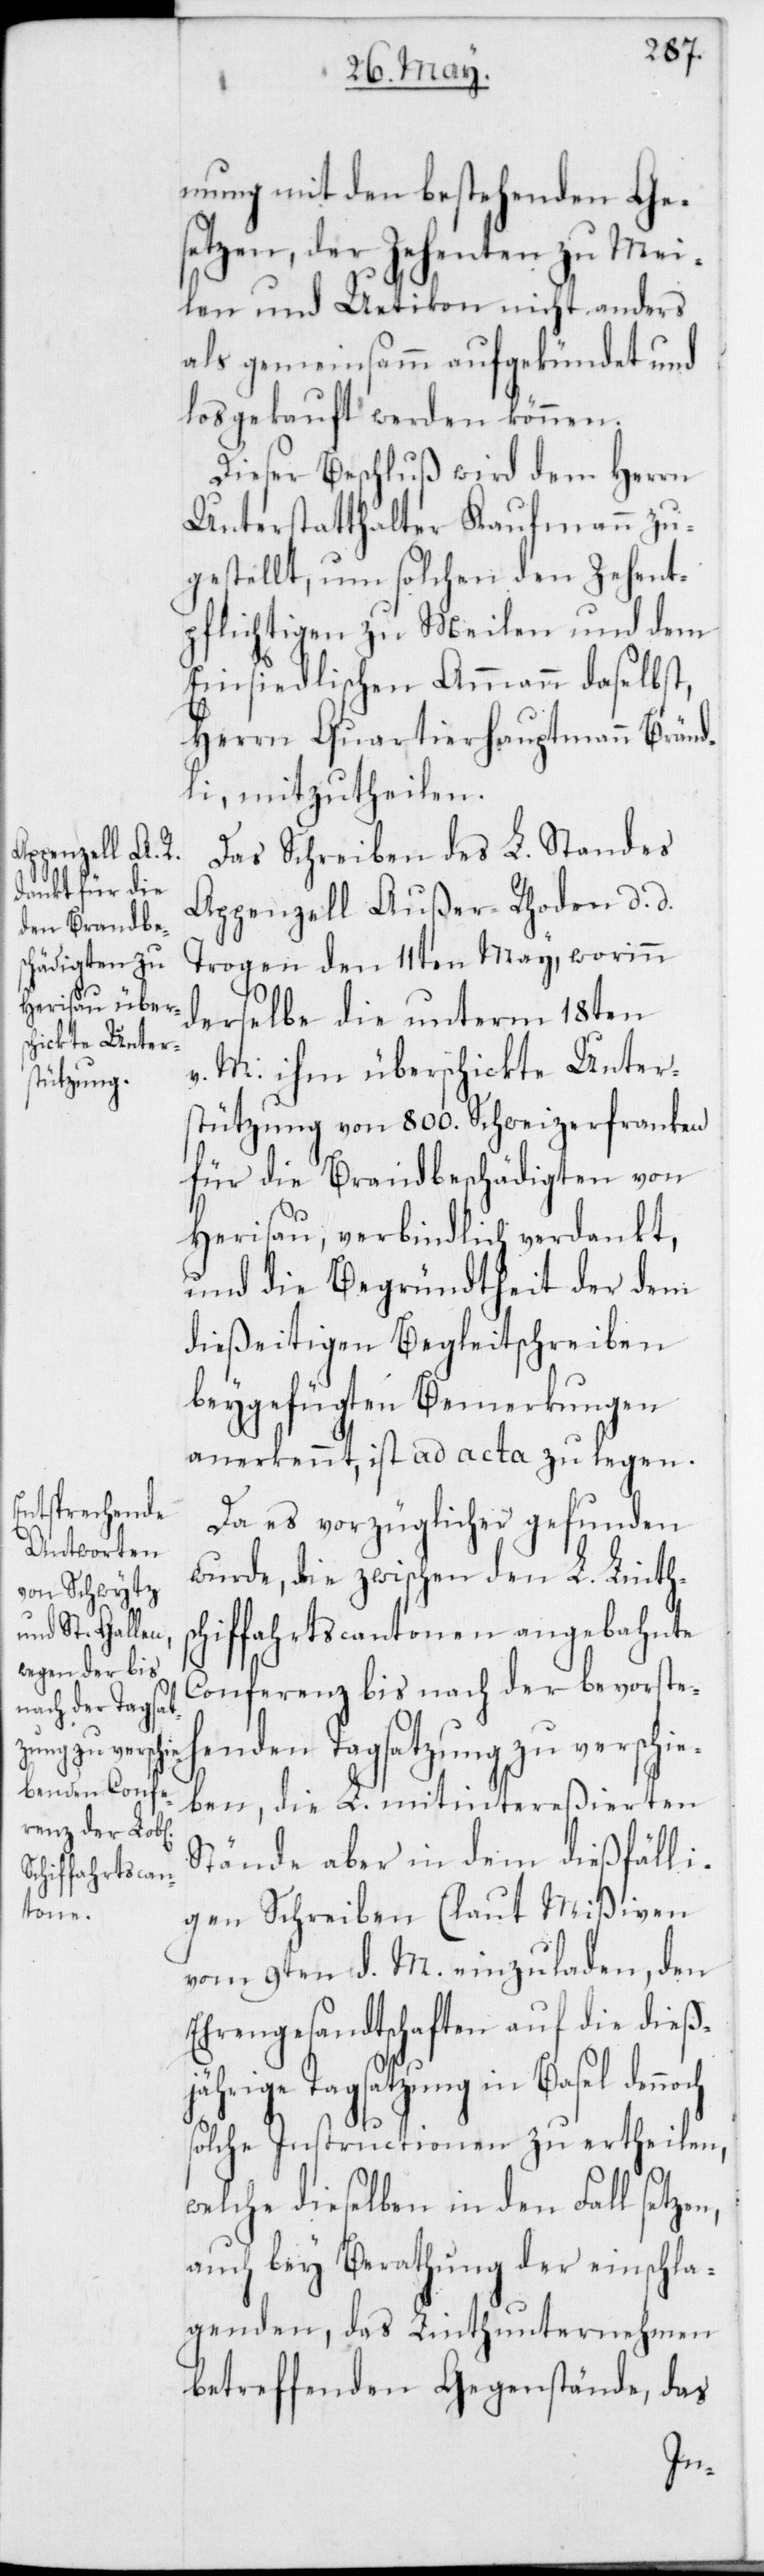
mung mit den bestehenden Ge¬
setzen, der Zehenten zu Mei¬
len und Uetikon nicht anders
als gemeinsamm aufgekündet und
losgekauft werden können.
Dieser Beschluß wird dem Herrn
Unterstatthalter Kaufmann zu¬
gestellt, um solchen den Zehent¬
pflichtigen zu Meilen und dem
Einsiedlischen Ammann daselbst,
Herrn Quartierhauptmann Bränd¬
li, mitzutheilen.
Das Schreiben des L. Standes
Appenzell Außer-Rhoden d. d.
Trogen den 11ten May, worinn
derselbe die unterm 18ten
v. M. ihm überschickte Unter¬
stützung von 800. Schweizerfranken
für die Brandbeschädigten von
Herisau, verbindlich verdankt,
und die Begründtheit der dem
dießeitigen Begleitschreiben
beygefügten Bemerkungen
anerkennt, ist ad acta zu legen.
Da es vorzüglicher gefunden
wurde, die zwischen den L. Linths¬
chiffahrtscantonen angebahnte
Conferenz bis nach der bevorsteh¬
enden Tagsatzung zu verschie¬
ben, die L. mitintereßierten
Stände aber in dem dießfälli¬
gen Schreiben (laut Mißiven)
vom 9ten d. M. einzuladen, den
Ehrengesandtschaften auf die dießj¬
ährige Tagsatzung in Basel den¬
solche Instructionen zu ertheilen,
welche dieselben in den Fall setzen,
auch bey Berathung der einschla¬
genden, das Linthunternehmen
betreffenden Gegenstände, das
noch